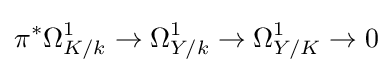
\pi ^{*}\Omega _{K/k}^{1}\to \Omega _{Y/k}^{1}\to \Omega _{Y/K}^{1}\to 0